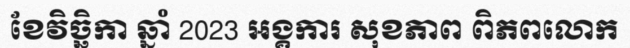
ខែវិច្ឆិកា ឆ្នាំ 2023 អង្គការ សុខភាព ពិភពលោក